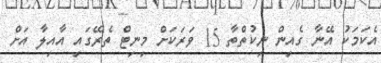
އެކަމަކު އޭނާ ގެއިން ނިކުތްތާ 15 ވަރަކަށް މިނިޓް ތެރޭގައި އާއިލާ އަށް